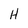
Character: H